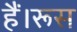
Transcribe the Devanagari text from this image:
हैं।रूस